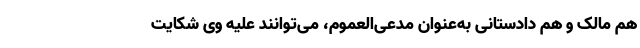
هم مالک و هم دادستانی به‌عنوان مدعی‌العموم، می‌توانند علیه وی شکایت